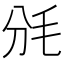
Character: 𣬩